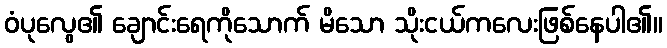
ဝံပုလွေ၏ ချောင်းရေကိုသောက် မိသော သိုးငယ်ကလေးဖြစ်နေပါ၏။